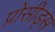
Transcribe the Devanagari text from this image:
प्रोसीड्स